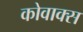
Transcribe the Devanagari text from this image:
कोवाक्स